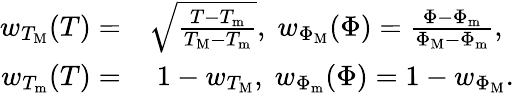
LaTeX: \begin{array}{rl}{w_{T_{\mathrm{M}}}(T)=}&{\sqrt{\frac{T-T_{\mathrm{m}}}{T_{\mathrm{M}}-T_{\mathrm{m}}}},\; w_{\Phi_{\mathrm{M}}}(\Phi)=\frac{\Phi-\Phi_{\mathrm{m}}}{\Phi_{\mathrm{M}}-\Phi_{\mathrm{m}}},}\\ {w_{T_{\mathrm{m}}}(T)=}&{\; 1-w_{T_{\mathrm{M}}},\; w_{\Phi_{\mathrm{m}}}(\Phi)=1-w_{\Phi_{\mathrm{M}}}.}\end{array}